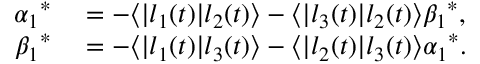
\begin{array} { r l } { { \alpha _ { 1 } } ^ { \ast } } & { { } = - \langle | l _ { 1 } ( t ) | l _ { 2 } ( t ) \rangle - \langle | l _ { 3 } ( t ) | l _ { 2 } ( t ) \rangle { \beta _ { 1 } } ^ { \ast } , } \\ { { \beta _ { 1 } } ^ { \ast } } & { { } = - \langle | l _ { 1 } ( t ) | l _ { 3 } ( t ) \rangle - \langle | l _ { 2 } ( t ) | l _ { 3 } ( t ) \rangle { \alpha _ { 1 } } ^ { \ast } . } \end{array}